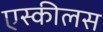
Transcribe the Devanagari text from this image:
एस्कीलस